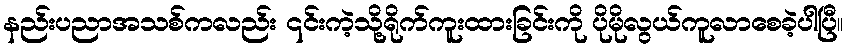
နည်းပညာအသစ်ကလည်း ၎င်းကဲ့သို့ရိုက်ကူးထားခြင်းကို ပိုမိုလွယ်ကူလာစေခဲ့ပါပြီ။